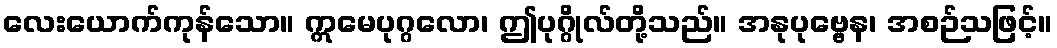
လေးယောက်ကုန်သော။ ဣမေပုဂ္ဂလော၊ ဤပုဂ္ဂိုလ်တို့သည်။ အနုပုဗ္ဗေန၊ အစဉ်သဖြင့်။